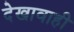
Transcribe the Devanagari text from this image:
देखावाही